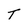
Character: T